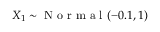
X _ { 1 } \sim \mathrm { ~ N ~ o ~ r ~ m ~ a ~ l ~ } ( - 0 . 1 , 1 )